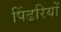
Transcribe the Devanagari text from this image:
पिंढरियों